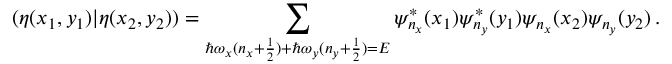
( \eta ( x _ { 1 } , y _ { 1 } ) \vert \eta ( x _ { 2 } , y _ { 2 } ) ) = \sum _ { \hbar \omega _ { x } ( n _ { x } + \frac { 1 } { 2 } ) + \hbar \omega _ { y } ( n _ { y } + \frac { 1 } { 2 } ) = E } \psi _ { n _ { x } } ^ { * } ( x _ { 1 } ) \psi _ { n _ { y } } ^ { * } ( y _ { 1 } ) \psi _ { n _ { x } } ( x _ { 2 } ) \psi _ { n _ { y } } ( y _ { 2 } ) \, .